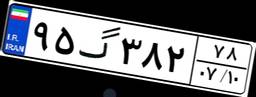
۸۱گ۰۹۸۴۱